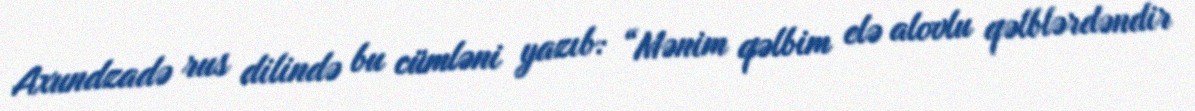
Axundzadə rus dilində bu cümləni yazıb: “Mənim qəlbim elə alovlu qəlblərdəndir